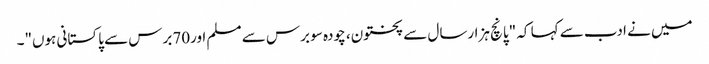
میں نے ادب سے کہا کہ "پانچ ہزارسال سے پختون، چودہ سو برس سے مسلم اور70برس سے پاکستانی ہوں"۔